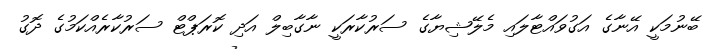
ބޭނުމަކީ އޭނާގެ އަގުވައްޓާލައި މެލޭޝިޔާގެ ސަރުކާރަކީ ނާގާބިލް އަދި ކޮރަޕްޓް ސަރުކާރެއްކަމުގެ ދޮގު